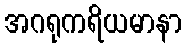
အဂရုကရိယမာနာ